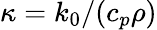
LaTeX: \kappa=k_{0}/(c_{p}\rho)